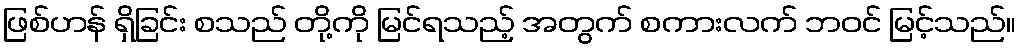
ဖြစ်ဟန် ရှိခြင်း စသည် တို့ကို မြင်ရသည့် အတွက် စကားလက် ဘဝင် မြင့်သည်။